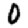
Digit: 0